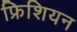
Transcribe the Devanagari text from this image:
फ्रिशियन